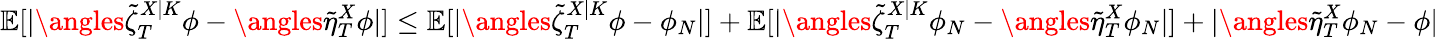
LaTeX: \mathbb{E}[|\angles{\tilde{\zeta}_{T}^{X|K}}{\phi}-\angles{\tilde{\eta}_{T}^{X}}{\phi}|]\leq\mathbb{E}[|\angles{\tilde{\zeta}_{T}^{X|K}}{\phi-\phi_{N}}|]+\mathbb{E}[|\angles{\tilde{\zeta}_{T}^{X|K}}{\phi_{N}}-\angles{\tilde{\eta}_{T}^{X}}{\phi_{N}}|]+|\angles{\tilde{\eta}_{T}^{X}}{\phi_{N}-\phi}|